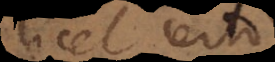
licet certo